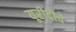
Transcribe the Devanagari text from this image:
यूरीदीचे